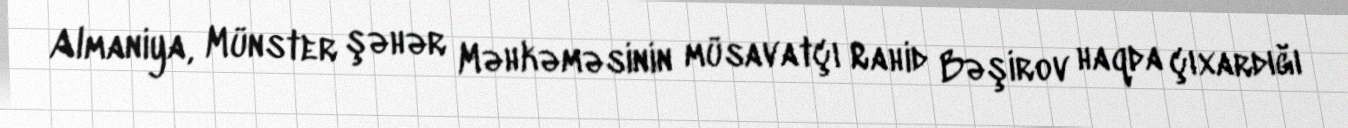
Almaniya, Münster şəhər Məhkəməsinin müsavatçı Rahid Bəşirov haqda çıxardığı